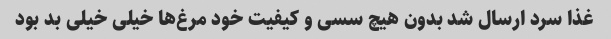
غذا سرد ارسال شد بدون هیچ سسی و کیفیت خود مرغ‌ها خیلی خیلی بد بود